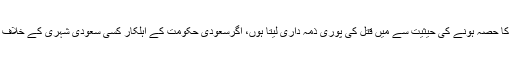
انہوں نے کہا کہ میں نے جمال خاشقجی کے قتل کا حکم نہیں دیا لیکن سعودی حکومت کا حصہ ہونے کی حیثیت سے میں قتل کی پوری ذمہ داری لیتا ہوں، اگرسعودی حکومت کے اہلکار کسی سعودی شہری کے خلاف کوئی جرم سر زد کرتے ہیں تو میرے پر اس جرم کی پوری ذمہ داری عائد ہوتی ہے ۔